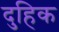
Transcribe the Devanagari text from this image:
दुहिक